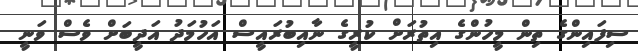
ސިފައިންގެ ތިން މީހުންގެ އިތުރަށް ކުރީގެ ނާއިބުރައީސް އަހުމަދު އަދީބަށް ވެސް ވަނީ